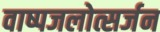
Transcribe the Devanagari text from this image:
वाष्पजलोत्सर्जन